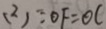
( 2 ) : O F = O C